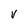
Character: v